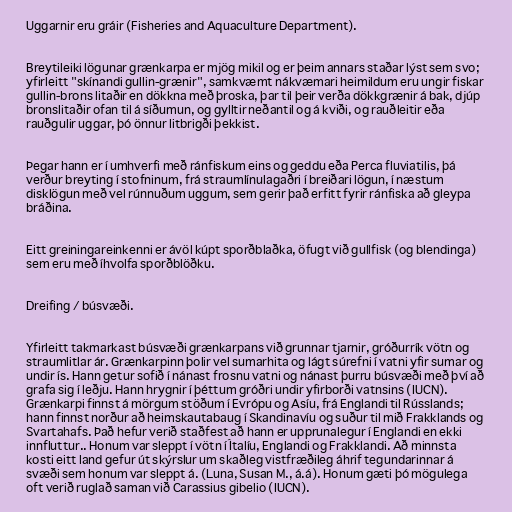
Uggarnir eru gráir (Fisheries and Aquaculture Department).

Breytileiki lögunar grænkarpa er mjög mikil og er þeim annars staðar lýst sem svo;
yfirleitt "skínandi gullin-grænir", samkvæmt nákvæmari heimildum eru ungir fiskar
gullin-brons litaðir en dökkna með þroska, þar til þeir verða dökkgrænir á bak, djúp
bronslitaðir ofan til á síðumun, og gylltir neðantil og á kviði, og rauðleitir eða
rauðgulir uggar, þó önnur litbrigði þekkist.

Þegar hann er í umhverfi með ránfiskum eins og geddu eða Perca fluviatilis, þá
verður breyting í stofninum, frá straumlínulagaðri í breiðari lögun, í næstum
disklögun með vel rúnnuðum uggum, sem gerir það erfitt fyrir ránfiska að gleypa
bráðina.

Eitt greiningareinkenni er ávöl kúpt sporðblaðka, öfugt við gullfisk (og blendinga)
sem eru með íhvolfa sporðblöðku.

Dreifing / búsvæði.

Yfirleitt takmarkast búsvæði grænkarpans við grunnar tjarnir, gróðurrík vötn og
straumlitlar ár. Grænkarpinn þolir vel sumarhita og lágt súrefni í vatni yfir sumar og
undir ís. Hann getur sofið í nánast frosnu vatni og nánast þurru búsvæði með því að
grafa sig í leðju. Hann hrygnir í þéttum gróðri undir yfirborði vatnsins (IUCN).
Grænkarpi finnst á mörgum stöðum í Evrópu og Asíu, frá Englandi til Rússlands;
hann finnst norður að heimskautabaug í Skandinavíu og suður til mið Frakklands og
Svartahafs. Það hefur verið staðfest að hann er upprunalegur í Englandi en ekki
innfluttur.. Honum var sleppt í vötn í Ítalíu, Englandi og Frakklandi. Að minnsta
kosti eitt land gefur út skýrslur um skaðleg vistfræðileg áhrif tegundarinnar á
svæði sem honum var sleppt á. (Luna, Susan M., á.á). Honum gæti þó mögulega
oft verið ruglað saman við Carassius gibelio (IUCN).